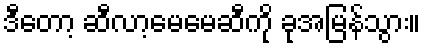
ဒီတော့ ဆီလာ့မေမေဆီကို ခုအမြန်သွား။